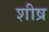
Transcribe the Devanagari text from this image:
शीष्र